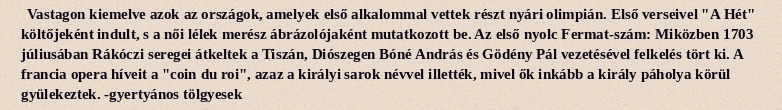
Vastagon kiemelve azok az országok, amelyek első alkalommal vettek részt nyári olimpián. Első verseivel "A Hét" költőjeként indult, s a női lélek merész ábrázolójaként mutatkozott be. Az első nyolc Fermat-szám: Miközben 1703 júliusában Rákóczi seregei átkeltek a Tiszán, Diószegen Bóné András és Gödény Pál vezetésével felkelés tört ki. A francia opera híveit a "coin du roi", azaz a királyi sarok névvel illették, mivel ők inkább a király páholya körül gyülekeztek. -gyertyános tölgyesek